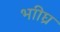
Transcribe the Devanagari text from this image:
भाीघ्र